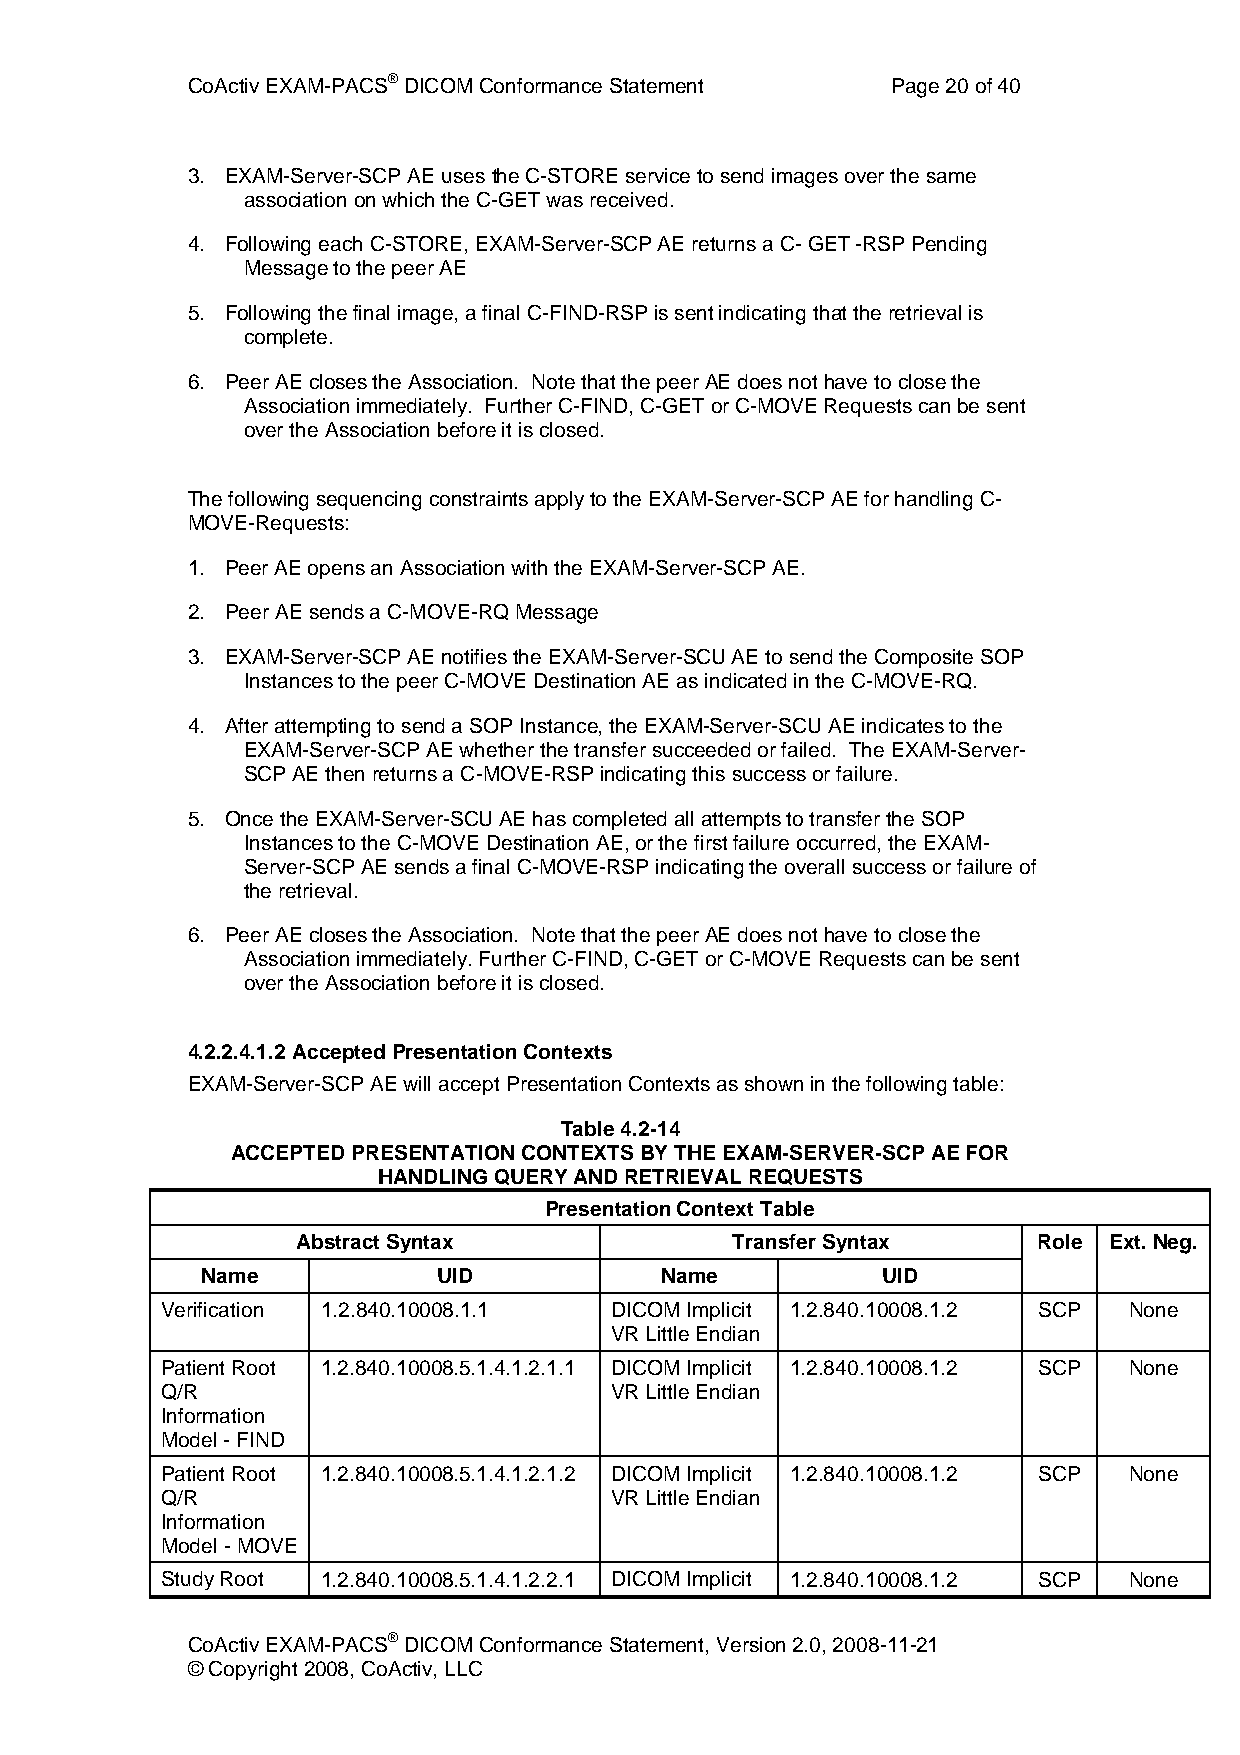
CoActiv EXAM-PACS® DICOM Conformance Statement Page 20 of 40
 3. EXAM-Server-SCP AE uses the C-STORE service to send images over the same
 association on which the C-GET was received.
 4. Following each C-STORE, EXAM-Server-SCP AE returns a C- GET -RSP Pending
 Message to the peer AE
 5. Following the final image, a final C-FIND-RSP is sent indicating that the retrieval is
 complete.
 6. Peer AE closes the Association. Note that the peer AE does not have to close the
 Association immediately. Further C-FIND, C-GET or C-MOVE Requests can be sent
 over the Association before it is closed.
 The following sequencing constraints apply to the EXAM-Server-SCP AE for handling C-
 MOVE-Requests:
 1. Peer AE opens an Association with the EXAM-Server-SCP AE.
 2. Peer AE sends a C-MOVE-RQ Message
 3. EXAM-Server-SCP AE notifies the EXAM-Server-SCU AE to send the Composite SOP
 Instances to the peer C-MOVE Destination AE as indicated in the C-MOVE-RQ.
 4. After attempting to send a SOP Instance, the EXAM-Server-SCU AE indicates to the
 EXAM-Server-SCP AE whether the transfer succeeded or failed. The EXAM-Server-
 SCP AE then returns a C-MOVE-RSP indicating this success or failure.
 5. Once the EXAM-Server-SCU AE has completed all attempts to transfer the SOP
 Instances to the C-MOVE Destination AE, or the first failure occurred, the EXAM-
 Server-SCP AE sends a final C-MOVE-RSP indicating the overall success or failure of
 the retrieval.
 6. Peer AE closes the Association. Note that the peer AE does not have to close the
 Association immediately. Further C-FIND, C-GET or C-MOVE Requests can be sent
 over the Association before it is closed.
 4.2.2.4.1.2 Accepted Presentation Contexts
 EXAM-Server-SCP AE will accept Presentation Contexts as shown in the following table:
 Table 4.2-14
 ACCEPTED PRESENTATION CONTEXTS BY THE EXAM-SERVER-SCP AE FOR
 HANDLING QUERY AND RETRIEVAL REQUESTS
 Presentation Context Table
 Abstract Syntax             Transfer Syntax      Role Ext. Neg.
 Name            UID            Name          UID
 Verification 1.2.840.10008.1.1 DICOM Implicit 1.2.840.10008.1.2 SCP None
 VR Little Endian
 Patient Root 1.2.840.10008.5.1.4.1.2.1.1 DICOM Implicit 1.2.840.10008.1.2 SCP None
 Q/R                          VR Little Endian
 Information
 Model - FIND
 Patient Root 1.2.840.10008.5.1.4.1.2.1.2 DICOM Implicit 1.2.840.10008.1.2 SCP None
 Q/R                          VR Little Endian
 Information
 Model - MOVE
 Study Root 1.2.840.10008.5.1.4.1.2.2.1 DICOM Implicit 1.2.840.10008.1.2 SCP None
 CoActiv EXAM-PACS® DICOM Conformance Statement, Version 2.0, 2008-11-21
 © Copyright 2008, CoActiv, LLC